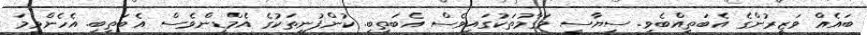
ބައެއް ވަޒީރުންގެ އެބަތިއްބެވި. ސިޔާސީ މަގާމުތަކުގައިވެސް އެބަތިބި. ކުންފުނިތަކުގެ އެމްޑީންވެސް އެބަތިބި. އެހެންވީމަ